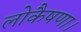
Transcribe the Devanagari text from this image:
लोकैषणा।